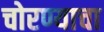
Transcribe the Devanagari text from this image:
चोरण्याचा